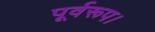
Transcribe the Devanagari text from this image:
पूर्वरूप।